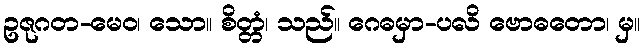
ဥဇုဂတ-မေဝ၊ သော။ စိတ္တံ၊ သည်။ ဂေဓမှာ-ပလိ ဗောဓတော၊ မှ။